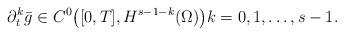
LaTeX: \begin{align*}\partial_{t}^{k} \bar{g} \in C^{0}\big([0, T], H^{s - 1 - k}(\Omega)\big) k = 0, 1, \dots, s - 1. \end{align*}